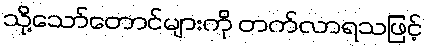
သို့သော်တောင်များကို တက်လာရသဖြင့်